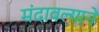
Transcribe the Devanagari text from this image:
मंदावल्याने